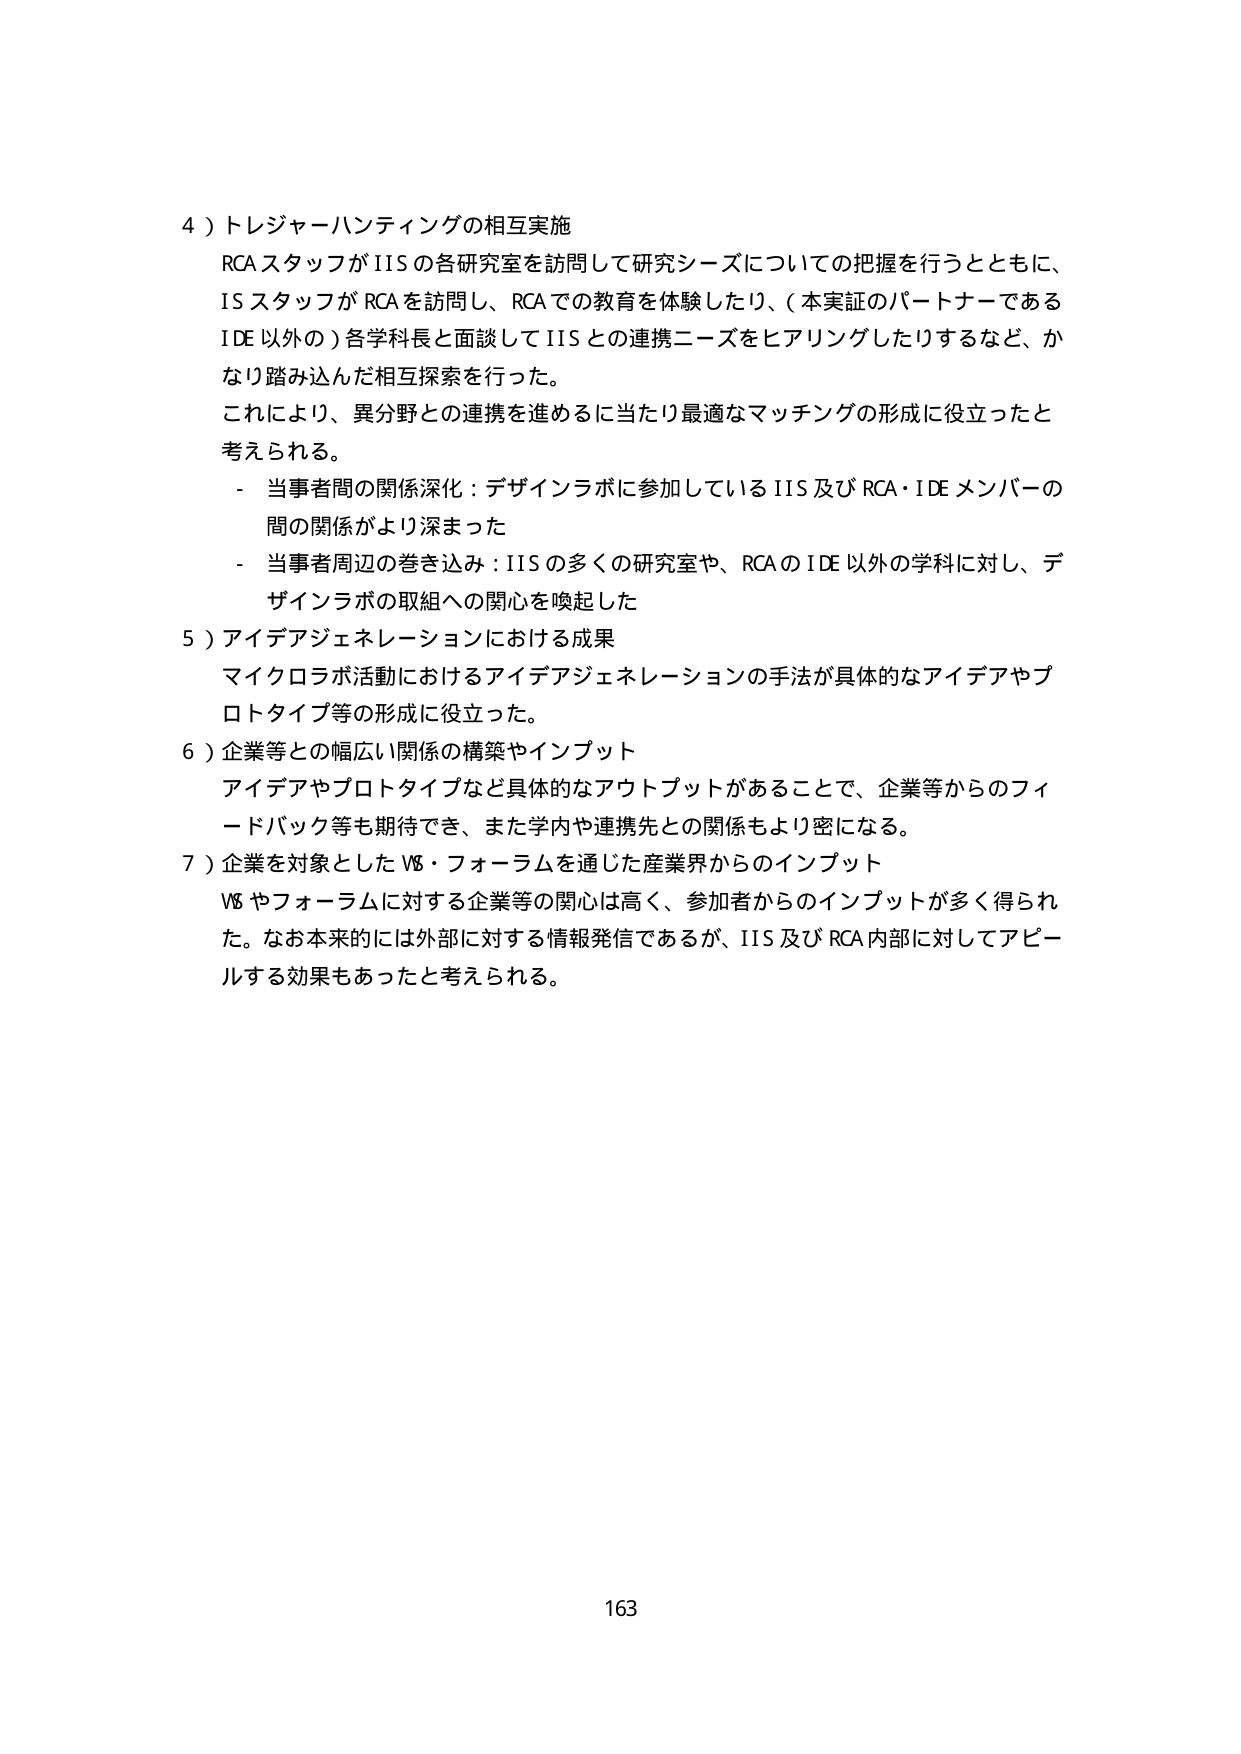
4）トレジャーハンティングの相互実施
RCAスタッフがIISの各研究室を訪問して研究シーズについての把握を行うとともに、
ISスタッフがRCAを訪問し、RCAでの教育を体験したり、（本実証のパートナーである
IDE以外の）各学科長と面談してIISとの連携ニーズをヒアリングしたりするなど、か
なり踏み込んだ相互探索を行った。
これにより、異分野との連携を進めるに当たり最適なマッチングの形成に役立ったと
考えられる。
- 当事者間の関係深化：デザインラボに参加しているIIS及びRCA・IDEメンバーの
間の関係がより深まった
- 当事者周辺の巻き込み：IISの多くの研究室や、RCAのIDE以外の学科に対し、デ
ザインラボの取組への関心を喚起した
5）アイデアジェネレーションにおける成果
マイクロラボ活動におけるアイデアジェネレーションの手法が具体的なアイデアやプ
ロトタイプ等の形成に役立った。
6）企業等との幅広い関係の構築やインプット
アイデアやプロトタイプなど具体的なアウトプットがあることで、企業等からのフィ
ードバック等も期待でき、また学内や連携先との関係もより密になる。
7）企業を対象としたV8・フォーラムを通じた産業界からのインプット
V8やフォーラムに対する企業等の関心は高く、参加者からのインプットが多く得られ
た。なお本来的には外部に対する情報発信であるが、IIS及びRCA内部に対してアピー
ルする効果もあったと考えられる。

163